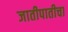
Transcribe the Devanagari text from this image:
जातीपातीचा